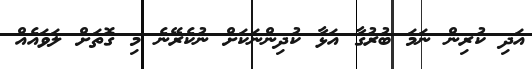
އަދި ކުރިން ނަމަ ބުރުގާ އަޅާ ކުދިންނަކަށް ނުކެރޭނެ މި ގޮތަށް ލަވައެއް